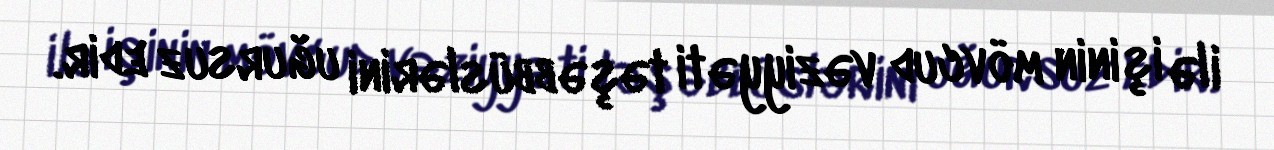
ilə işinin mövcud vəziyyəti təşəbbüslərini uğursuz edir.